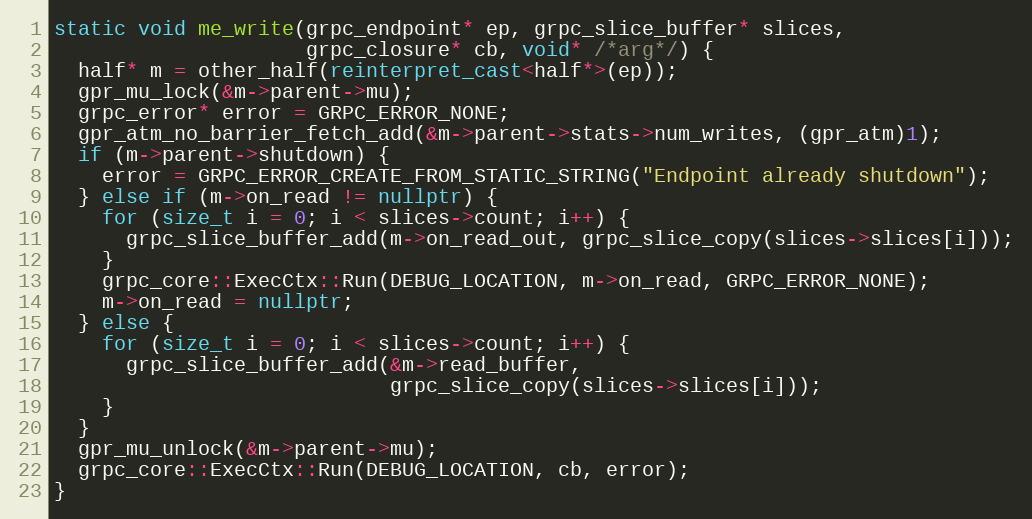
Language: C++
static void me_write(grpc_endpoint* ep, grpc_slice_buffer* slices,
                     grpc_closure* cb, void* /*arg*/) {
  half* m = other_half(reinterpret_cast<half*>(ep));
  gpr_mu_lock(&m->parent->mu);
  grpc_error* error = GRPC_ERROR_NONE;
  gpr_atm_no_barrier_fetch_add(&m->parent->stats->num_writes, (gpr_atm)1);
  if (m->parent->shutdown) {
    error = GRPC_ERROR_CREATE_FROM_STATIC_STRING("Endpoint already shutdown");
  } else if (m->on_read != nullptr) {
    for (size_t i = 0; i < slices->count; i++) {
      grpc_slice_buffer_add(m->on_read_out, grpc_slice_copy(slices->slices[i]));
    }
    grpc_core::ExecCtx::Run(DEBUG_LOCATION, m->on_read, GRPC_ERROR_NONE);
    m->on_read = nullptr;
  } else {
    for (size_t i = 0; i < slices->count; i++) {
      grpc_slice_buffer_add(&m->read_buffer,
                            grpc_slice_copy(slices->slices[i]));
    }
  }
  gpr_mu_unlock(&m->parent->mu);
  grpc_core::ExecCtx::Run(DEBUG_LOCATION, cb, error);
}